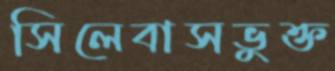
সিলেবাসভুক্ত